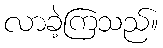
လာခဲ့ကြသည်။